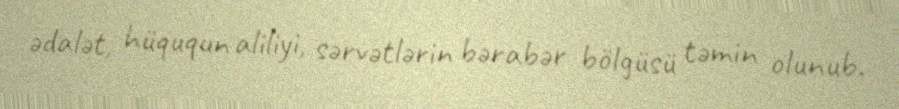
ədalət, hüququn aliliyi, sərvətlərin bərabər bölgüsü təmin olunub.